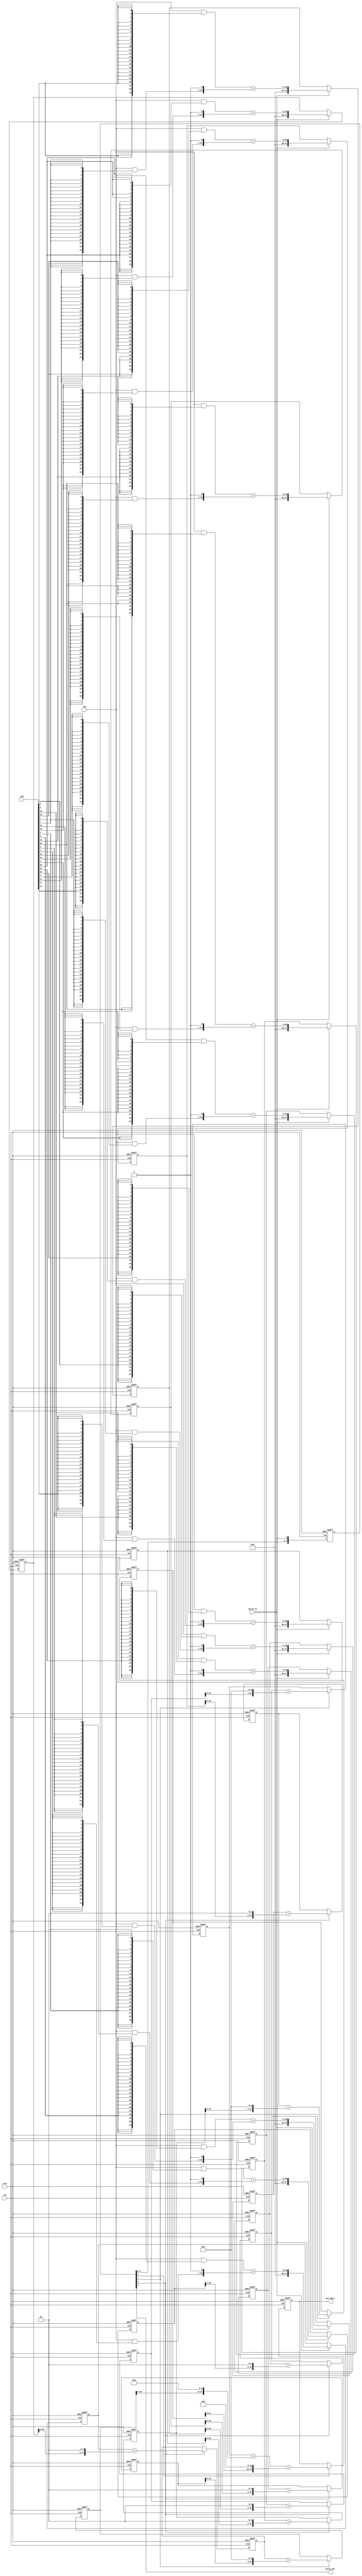
`timescale 1ns / 1ps
//////////////////////////////////////////////////////////////////////////////////
// Company: 
// Engineer: 
// 
// Design Name: 
// Module Name: array_multi_float32
// Project Name: 
// Target Devices: 
// Tool Versions: 
// Description: 
// 
// Dependencies: 
// 
// Revision:
// Revision 0.01 - File Created
// Additional Comments:
// 
//////////////////////////////////////////////////////////////////////////////////


module array_multi_float32 // 4 CLOCK
(
    input               clk, rstn, valid_in,
    input   [23:0]      inA, inB,
    output              valid_out,
    output  [47:0]      out_data
);
    wire    [23:0]      stage1      [23:0];
    reg     [47:0]      stage2      [11:0];
    reg     [47:0]      stage3      [5:0];
    reg     [47:0]      stage4      [3:0];
    reg     [47:0]      stage5;
    
    reg     [4:0]       temp_valid;
    
    
    assign  stage1[0]   =  inA & {24{inB[0]}}; assign  stage1[6]   =  inA & {24{inB[6]}};  assign  stage1[12]   =  inA & {24{inB[12]}}; assign  stage1[18]   =  inA & {24{inB[18]}};
    assign  stage1[1]   =  inA & {24{inB[1]}}; assign  stage1[7]   =  inA & {24{inB[7]}};  assign  stage1[13]   =  inA & {24{inB[13]}}; assign  stage1[19]   =  inA & {24{inB[19]}};
    assign  stage1[2]   =  inA & {24{inB[2]}}; assign  stage1[8]   =  inA & {24{inB[8]}};  assign  stage1[14]   =  inA & {24{inB[14]}}; assign  stage1[20]   =  inA & {24{inB[20]}};
    assign  stage1[3]   =  inA & {24{inB[3]}}; assign  stage1[9]   =  inA & {24{inB[9]}};  assign  stage1[15]   =  inA & {24{inB[15]}}; assign  stage1[21]   =  inA & {24{inB[21]}};
    assign  stage1[4]   =  inA & {24{inB[4]}}; assign  stage1[10]  =  inA & {24{inB[10]}}; assign  stage1[16]   =  inA & {24{inB[16]}}; assign  stage1[22]   =  inA & {24{inB[22]}};
    assign  stage1[5]   =  inA & {24{inB[5]}}; assign  stage1[11]  =  inA & {24{inB[11]}}; assign  stage1[17]   =  inA & {24{inB[17]}}; assign  stage1[23]   =  inA & {24{inB[23]}};
    
    always @ (posedge clk or negedge rstn) begin
        if (!rstn) begin
            temp_valid[4:1] <=   4'b0;
//            stage1[0]   <=  'b0; stage1[6]   <=  'b0; stage1[12]   <=  'b0; stage1[18]   <=  'b0;
//            stage1[1]   <=  'b0; stage1[7]   <=  'b0; stage1[13]   <=  'b0; stage1[19]   <=  'b0;
//            stage1[2]   <=  'b0; stage1[8]   <=  'b0; stage1[14]   <=  'b0; stage1[20]   <=  'b0;
//            stage1[3]   <=  'b0; stage1[9]   <=  'b0; stage1[15]   <=  'b0; stage1[21]   <=  'b0;
//            stage1[4]   <=  'b0; stage1[10]  <=  'b0; stage1[16]   <=  'b0; stage1[22]   <=  'b0;
//            stage1[5]   <=  'b0; stage1[11]  <=  'b0; stage1[17]   <=  'b0; stage1[23]   <=  'b0;
            
            
            stage2[0]   <=  'b0; stage2[1]   <=  'b0; stage2[2]    <=  'b0; stage2[3]    <=  'b0;
            stage2[4]   <=  'b0; stage2[5]   <=  'b0; stage2[6]    <=  'b0; stage2[7]    <=  'b0; 
            stage2[8]   <=  'b0; stage2[9]   <=  'b0; stage2[10]   <=  'b0; stage2[11]   <=  'b0;
            
            
            stage3[0]   <=  'b0; stage3[1]   <=  'b0; stage3[2]    <=  'b0;
            stage3[3]   <=  'b0; stage3[4]   <=  'b0; stage3[5]    <=  'b0;
            
            stage4[0]   <=  'b0; stage4[1]   <=  'b0; stage4[2]    <=  'b0;
            
            stage5      <=  'b0;            
        end
        else begin
            // STAGE 1
//            temp_valid[0]   <=  valid_in;
//            if (valid_in) begin
//                stage1[0]   <=  inA & {24{inB[0]}}; stage1[6]   <=  inA & {24{inB[6]}};  stage1[12]   <=  inA & {24{inB[12]}}; stage1[18]   <=  inA & {24{inB[18]}};
//                stage1[1]   <=  inA & {24{inB[1]}}; stage1[7]   <=  inA & {24{inB[7]}};  stage1[13]   <=  inA & {24{inB[13]}}; stage1[19]   <=  inA & {24{inB[19]}};
//                stage1[2]   <=  inA & {24{inB[2]}}; stage1[8]   <=  inA & {24{inB[8]}};  stage1[14]   <=  inA & {24{inB[14]}}; stage1[20]   <=  inA & {24{inB[20]}};
//                stage1[3]   <=  inA & {24{inB[3]}}; stage1[9]   <=  inA & {24{inB[9]}};  stage1[15]   <=  inA & {24{inB[15]}}; stage1[21]   <=  inA & {24{inB[21]}};
//                stage1[4]   <=  inA & {24{inB[4]}}; stage1[10]  <=  inA & {24{inB[10]}}; stage1[16]   <=  inA & {24{inB[16]}}; stage1[22]   <=  inA & {24{inB[22]}};
//                stage1[5]   <=  inA & {24{inB[5]}}; stage1[11]  <=  inA & {24{inB[11]}}; stage1[17]   <=  inA & {24{inB[17]}}; stage1[23]   <=  inA & {24{inB[23]}};
//            end
//            else begin
//                stage1[0]   <=  stage1[0]; stage1[6]   <=  stage1[6];  stage1[12]   <=  stage1[12]; stage1[18]   <=  stage1[18];
//                stage1[1]   <=  stage1[1]; stage1[7]   <=  stage1[7];  stage1[13]   <=  stage1[13]; stage1[19]   <=  stage1[19];
//                stage1[2]   <=  stage1[2]; stage1[8]   <=  stage1[8];  stage1[14]   <=  stage1[14]; stage1[20]   <=  stage1[20];
//                stage1[3]   <=  stage1[3]; stage1[9]   <=  stage1[9];  stage1[15]   <=  stage1[15]; stage1[21]   <=  stage1[21];
//                stage1[4]   <=  stage1[4]; stage1[10]  <=  stage1[10]; stage1[16]   <=  stage1[16]; stage1[22]   <=  stage1[22];
//                stage1[5]   <=  stage1[5]; stage1[11]  <=  stage1[11]; stage1[17]   <=  stage1[17]; stage1[23]   <=  stage1[23];
//            end
            // STAGE 1
            temp_valid[1]   <=  valid_in;//temp_valid[0];
            if (valid_in) begin
                stage2[0]   <=  {24'b0, stage1[0]} + {23'b0, stage1[1],  1'b0}; 
                stage2[1]   <=  {24'b0, stage1[2]} + {23'b0, stage1[3],  1'b0}; 
                stage2[2]   <=  {24'b0, stage1[4]} + {23'b0, stage1[5],  1'b0};
                stage2[3]   <=  {24'b0, stage1[6]} + {23'b0, stage1[7],  1'b0};
                stage2[4]   <=  {24'b0, stage1[8]} + {23'b0, stage1[9],  1'b0}; 
                stage2[5]   <=  {24'b0, stage1[10]}+ {23'b0, stage1[11], 1'b0};
                
                
                stage2[6]   <=  {24'b0, stage1[12]} + {23'b0, stage1[13], 1'b0}; 
                stage2[7]   <=  {24'b0, stage1[14]} + {23'b0, stage1[15], 1'b0}; 
                stage2[8]   <=  {24'b0, stage1[16]} + {23'b0, stage1[17], 1'b0};
                stage2[9]   <=  {24'b0, stage1[18]} + {23'b0, stage1[19], 1'b0};
                stage2[10]  <=  {24'b0, stage1[20]} + {23'b0, stage1[21], 1'b0}; 
                stage2[11]  <=  {24'b0, stage1[22]} + {23'b0, stage1[23], 1'b0};
            end
            else begin
                stage2[0]   <=  stage2[0]; 
                stage2[1]   <=  stage2[1]; 
                stage2[2]   <=  stage2[2];
                stage2[3]   <=  stage2[3];
                stage2[4]   <=  stage2[4]; 
                stage2[5]   <=  stage2[5];
                
                stage2[6]   <=  stage2[6]; 
                stage2[7]   <=  stage2[7]; 
                stage2[8]   <=  stage2[8];
                stage2[9]   <=  stage2[9];
                stage2[10]  <=  stage2[10]; 
                stage2[11]  <=  stage2[11];
            end
            // STAGE 2
            temp_valid[2]   <=  temp_valid[1];
            if (temp_valid[1]) begin
                stage3[0]   <=  stage2[0] + {stage2[1][45:0],  2'b0}; 
                stage3[1]   <=  stage2[2] + {stage2[3][45:0],  2'b0};
                stage3[2]   <=  stage2[4] + {stage2[5][45:0],  2'b0};
                stage3[3]   <=  stage2[6] + {stage2[7][45:0],  2'b0};
                stage3[4]   <=  stage2[8] + {stage2[9][45:0],  2'b0}; 
                stage3[5]   <=  stage2[10]+ {stage2[11][45:0], 2'b0};
            end
            else begin
                stage3[0]   <=  stage3[0]; 
                stage3[1]   <=  stage3[1]; 
                stage3[2]   <=  stage3[2];
                stage3[3]   <=  stage3[3];
                stage3[4]   <=  stage3[4]; 
                stage3[5]   <=  stage3[5];
            end            
            // STAGE 3
            temp_valid[3]   <=  temp_valid[2];
            if (temp_valid[2]) begin
                stage4[0]   <=  stage3[0] + {stage3[1][43:0],  4'b0}; 
                stage4[1]   <=  stage3[2] + {stage3[3][43:0],  4'b0};
                stage4[2]   <=  stage3[4] + {stage3[5][43:0],  4'b0};
            end
            else begin
                stage4[0]   <=  stage4[0]; 
                stage4[1]   <=  stage4[1]; 
                stage4[2]   <=  stage4[2];
            end     
            // STAGE 4
            temp_valid[4]   <=  temp_valid[3];
            if (temp_valid[3]) begin
                stage5      <=  stage4[0] + {stage4[1][43:0],  8'b0} + {stage4[2][43:0],  16'b0};
            end
            else begin
                stage5      <=  stage5;
            end     
        end
    end
    
    assign  valid_out   =   temp_valid[4];  
    assign  out_data         =   stage5; 
    
endmodule